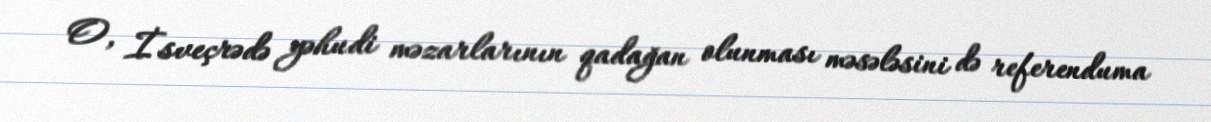
O, İsveçrədə yəhudi məzarlarının qadağan olunması məsələsini də referenduma